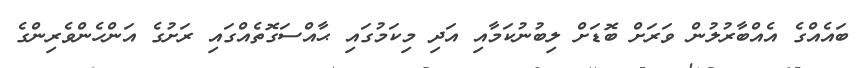
ބައެއްގެ އެއްބާރުލުން ވަރަށް ބޮޑަށް ލިބުނުކަމާއި އަދި މިކަމުގައި ޙާއްސަގޮތެއްގައި ރަށުގެ އަންހެންވެރިންގެ